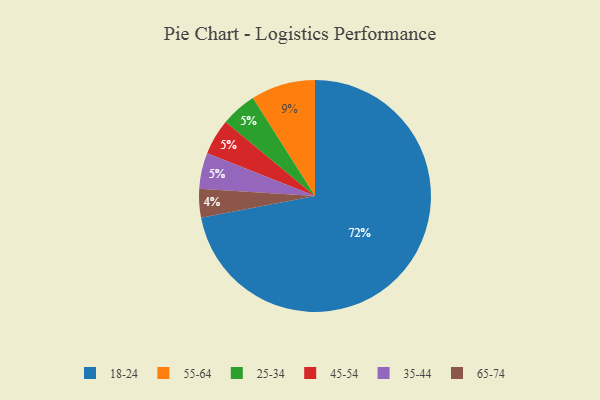
{"axis": {"x": "Category", "y": "Percentage"}, "legend": ["18-24", "25-34", "35-44", "45-54", "55-64", "65-74"], "data": [{"x": "18-24", "y": 72, "type": "18-24"}, {"x": "25-34", "y": 5, "type": "25-34"}, {"x": "55-64", "y": 9, "type": "55-64"}, {"x": "65-74", "y": 4, "type": "65-74"}, {"x": "45-54", "y": 5, "type": "45-54"}, {"x": "35-44", "y": 5, "type": "35-44"}]}